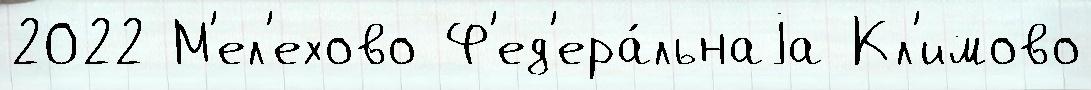
2022 М'ел'ехово Ф'ед'ера́льнаjа Кл'имово